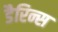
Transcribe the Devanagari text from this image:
डैरिन्स